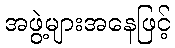
အဖွဲ့များအနေဖြင့်